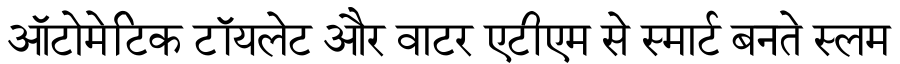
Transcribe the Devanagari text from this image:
ऑटोमेटिक टॉयलेट और वाटर एटीएम से स्मार्ट बनते स्लम